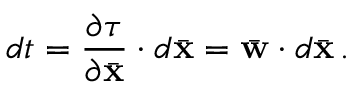
d t = \frac { \partial \tau } { \partial \bar { \bf x } } \cdot d \bar { \bf x } = \bar { \bf w } \cdot d \bar { \bf x } \, .